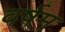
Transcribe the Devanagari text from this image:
वर्षम